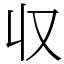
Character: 収